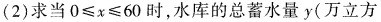
(2)求当$$0\leq x\leq 60$$时，水库的总蓄水量y(万立方